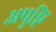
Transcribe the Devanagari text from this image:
अपुष्टि